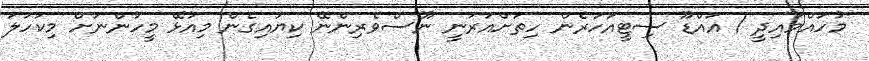
މުހައްމައިދީ / އައްޑޫ ސިޓީއަހަރެން ހިތަށްއަރަނީ ނޫސްވެރިންނޭ ކިޔައިގެން މިއުޅޭ މީހުންނަށް މިކަހަލަ